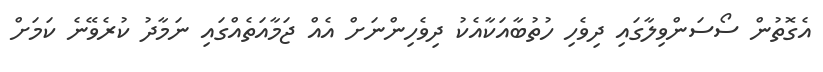
އެގޮތުން ސޯސަންވިލާގައި ދިވެހި ހުތުބާއަކާއެކު ދިވެހިންނަށް އެއް ޖަމާއަތެއްގައި ނަމާދު ކުރެވޭނެ ކަމަށް